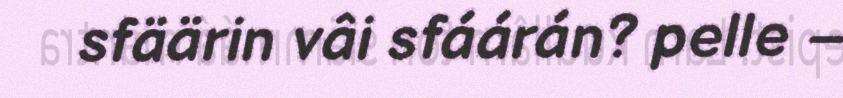
sfäärin vâi sfáárán? pelle –